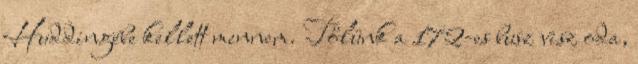
Huddingébe kellett mennem. Tőlünk a 172-es busz visz oda,